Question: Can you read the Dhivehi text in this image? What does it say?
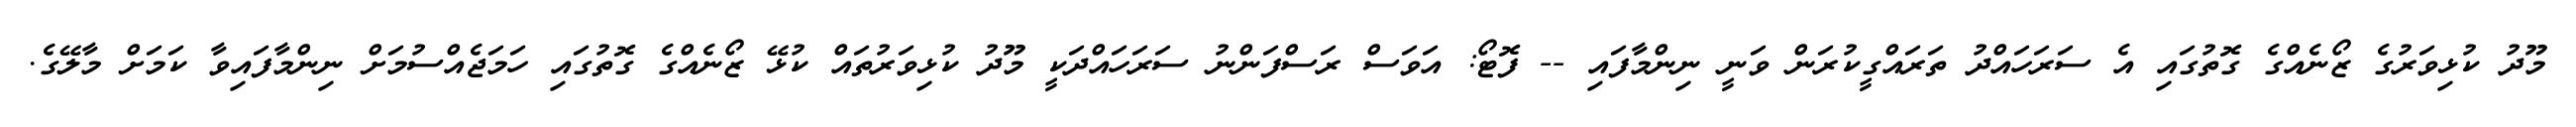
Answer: މޫދު ކުޅިވަރުގެ ޒޯނެއްގެ ގޮތުގައި އެ ސަރަހައްދު ތަރައްގީކުރަން ވަނީ ނިންމާފައި -- ފޮޓޯ: އަވަސް ރަސްފަންނު ސަރަހައްދަކީ މޫދު ކުޅިވަރުތައް ކުޅޭ ޒޯނެއްގެ ގޮތުގައި ހަމަޖެއްސުމަށް ނިންމާފައިވާ ކަމަށް މާލޭގެ.